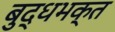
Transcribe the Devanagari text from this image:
बुद्धभक्त